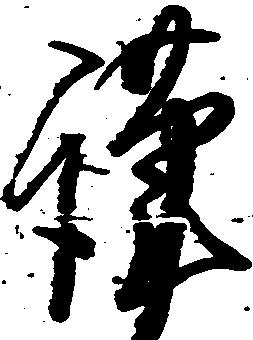
謹